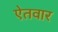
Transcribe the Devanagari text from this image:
ऐतवार